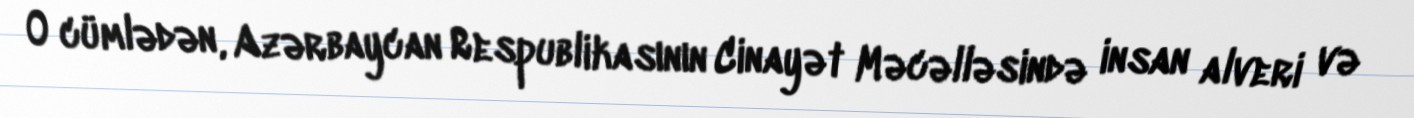
O cümlədən, Azərbaycan Respublikasının Cinayət Məcəlləsində insan alveri və